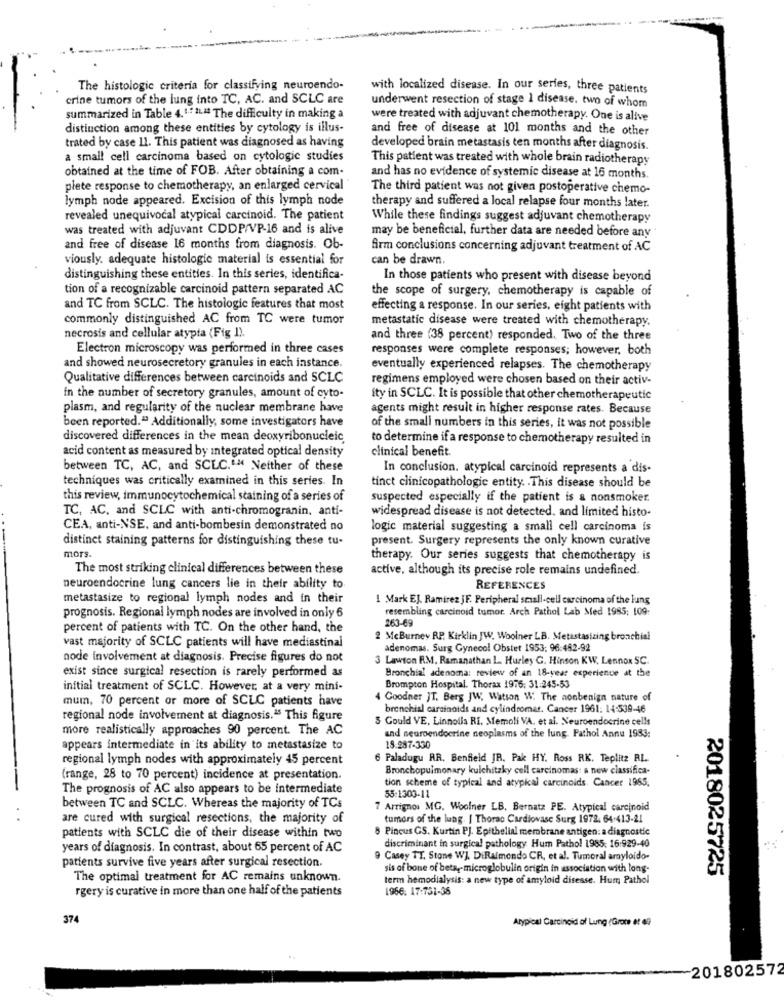
The histologic criteria for classifying neuroendo-
with localized disease. In our series, three patients
crine tumors of the lung into TC, AC. and SCLC are
underwent resection of stage 1 disease. two of whom
summarized in Table 4.1.7 2L" The difficulty in making a
were treated with adjuvant chemotherapy. One is alive
distinction among these entities by cytology is illus-
and free of disease at 101 months and the other
trated by case 11. This patient was diagnosed as having
developed brain metastasis ten months after diagnosis.
a small cell carcinoma based on cytologie studies
This patient was treated with whole brain radiotherapy
obtained at the time of FOB. After obtaining a com-
and has no evidence of systemic disease at 16 months.
plete response to chemotherapy, an enlarged cervical
The third patient was not given postoperative chemo-
lymph node appeared. Excision of this lymph node
therapy and suffered a local relapse four months later.
revealed unequivocal atypical carcinoid. The patient
While these findings suggest adjuvant chemotherapy
was treated with adjuvant CDDP/VP-16 and is alive
may be beneficial, further data are needed before any
and free of disease 16 months from diagnosis. Ob-
firm conclusions concerning adjuvant treatment of AC
viously. adequate histologic material is essential for
can be drawn.
distinguishing these entities. In this series, identifica-
In those patients who present with disease beyond
tion of a recognizable carcinoid pattern separated AC
the scope of surgery, chemotherapy is capable of
and TC from SCLC. The histologic features that most
effecting a response. In our series, eight patients with
commonly distinguished AC from TC were tumor
metastatic disease were treated with chemotherapy.
necrosis and cellular atypia (Fig 1).
and three (38 percent) responded. Two of the three
Electron microscopy was performed in three cases
responses were complete responses; however, both
and showed neurosecretory granules in each instance.
eventually experienced relapses. The chemotherapy
Qualitative differences between carcinoids and SCLC
regimens employed were chosen based on their activ-
in the number of secretory granules, amount of cyto-
ity in SCLC. It is possible that other chemotherapeutic
plasm, and regularity of the nuclear membrane have
agents might result in higher response rates. Because
been reported." Additionally, some investigators have
of the small numbers in this series, it was not possible
discovered differences in the mean deoxyribonucleic
to determine if a response to chemotherapy resulted in
acid content as measured by integrated optical density
clinical benefit.
between TC, AC, and SCLC."M Neither of these
In conclusion. atypical carcinoid represents a dis-
techniques was critically examined in this series. In
tinct clinicopathologic entity. . This disease should be
this review, immunocytochemical staining of a series of
suspected especially if the patient is & nonsmoker.
TC, AC, and SCLC with anti-chromogranin, anti-
widespread disease is not detected. and limited histo-
CEA, anti-NSE, and anti-bombesin demonstrated no
logic material suggesting a small cell carcinoma is
distinct staining patterns for distinguishing these tu-
present. Surgery represents the only known curative
mors
therapy. Our series suggests that chemotherapy is
The most striking clinical differences between these
active, although its precise role remains undefined.
neuroendocrine lung cancers lie in their ability to
REFERENCES
metastasize to regional lymph nodes and in their
1 Mark EJ. Ramirez JF. Peripheral small-cell carcinoma of the lung
resembling carcinoid tumor. Arch Pathol Lab Med 1985; 109-
prognosis. Regional lymph nodes are involved in only 6
263-69
percent of patients with TC. On the other hand, the
2 MeBurney RP. Kirklin JW. Woolner LB. Metastasizing bronchial
vast majority of SCLC patients will have mediastinal
adenomas. Surg Gynecol Obstet 1953: 96:482-92
node involvement at diagnosis. Precise figures do not
3 Lawton RM. Ramanathan L. Hurley G. Hinson KW. Lennox SC.
exist since surgical resection is rarely performed as
Bronchial adenoma: review of an 18-year experience at the
initial treatment of SCLC. However, at a very mini-
Brompton Hospital. Thorax 1976: 31:245-53
mum, 70 percent or more of SCLC patients have
4 Goodner JT. Berg JW. Watson W The nonbenign nature of
bronchial careinoids and cylindromas. Cancer 1961: 14:539-46
regional node involvement at diagnosis.45 This figure
5 Gould VE, Linnolla RI. Memoli VA. et al. Neuroendocrine cells
more realistically approaches 90 percent. The AC
and neuroendocrine neoplasms of the lung. Pathol Annu 1983:
appears intermediate in its ability to metastasize to
18.287-330
regional lymph nodes with approximately 45 percent
6 Paladugu RR. Benfield JR. Pak HY. Ross RK. Teplitz RL.
Bronchopulmonary kulchitzky cell carcinomas: a new classifica-
(range, 28 to 70 percent) incidence at presentation.
tion scheme of typical and atypical carcinoids. Cancer 1965,
The prognosis of AC also appears to be intermediate
55:1303-11
between TC and SCLC. Whereas the majority of TCs
7 Arrignos MG, Woolner LB. Bernatz PE. Atypical carcinoid
are cured with surgical resections, the majority of
tumors of the lung. | Thorac Cardiovasc Surg 1972. 64-413-21
Pincus GS. Kurtin PJ. Epithelial membrane antigen: a diagnostic
patients with SCLC die of their disease within two
years of diagnosis. In contrast, about 65 percent of AC
discriminant in surgical pathology Hum Pathol 1985: 16:929-40
patients survive five years after surgical resection.
9 Casey TT. Stone WJ. DiRaimondo CR, et al. Tumoral amyloido-
sis of bone of beta ,- microglobulin origin in association with long-
2018025725
The optimal treatment for AC remains unknown.
term hemodialysis: a new type of amyloid disesse. Hum Pathol
rgery is curative in more than one half of the patients
1966. 17:751-36
374
Atypical Carcinoid of Lung (Grote et 40
-201802572